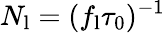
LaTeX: N_{\mathrm{l}}=(f_{\mathrm{l}}\tau_{0})^{-1}